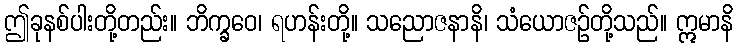
ဤခုနစ်ပါးတို့တည်း။ ဘိက္ခဝေ၊ ရဟန်းတို့။ သညောဇနာနိ၊ သံယောဇဉ်တို့သည်။ ဣမာနိ